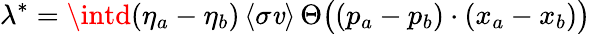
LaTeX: \lambda^{*}=\intd(\eta_{a}-\eta_{b})\, \langle\sigma\mathit{v}\rangle\, \Theta\bigl((p_{a}-p_{b})\cdot(x_{a}-x_{b})\bigr)